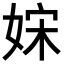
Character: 𡜻